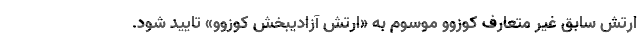
ارتش سابق غیر متعارف کوزوو موسوم به «ارتش آزادیبخش کوزوو» تایید شود.